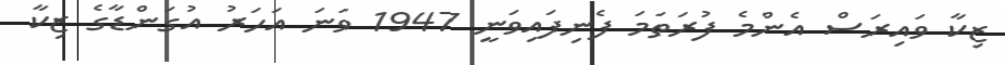
ޒިކާ ވައިރަސް އެންމެ ފުރަތަމަ ފެނިފައިވަނީ 1947 ވަނަ އަހަރު އުގަންޑާގެ ޒިކާ